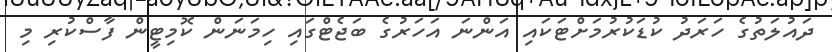
ދައުލަތުގެ ހަރަދު ކުޑަކުރުމަށްޓަކައި އަންނަ އަހަރުގެ ބަޖެޓްގައި ހިމަނަން ކޮމިޓީން ފާސްކުރި މި